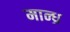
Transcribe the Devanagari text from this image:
मान्ध्र